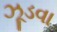
ઝૂડવા